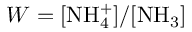
W = \mathrm { [ N H _ { 4 } ^ { + } ] / [ N H _ { 3 } ] }